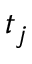
t _ { j }